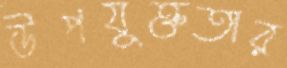
উপযুক্ততার